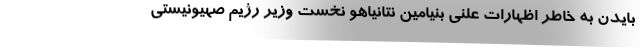
بایدن به خاطر اظهارات علنی بنیامین نتانیاهو نخست وزیر رژیم صهیونیستی